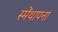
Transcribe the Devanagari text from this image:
स्मेंथापना